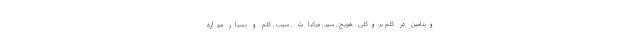
ویتامین در کلم بروکلی , هویج , سیر , مرکبات , سیب , کلم و بسیار موارد